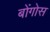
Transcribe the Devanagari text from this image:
बोंगोस